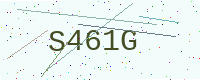
Text: S461G